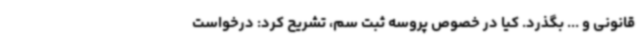
قانونی و ... بگذرد. کیا در خصوص پروسه ثبت سم، تشریح کرد: درخواست